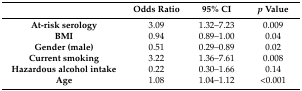
<table><thead><tr><td></td><td><b>Odds Ratio</b></td><td><b>95% CI </b></td><td><b><i>p</i> Value</b></td></tr></thead><tbody><tr><td><b>At-risk serology</b></td><td>3.09</td><td>1.32–7.23</td><td>0.009</td></tr><tr><td><b>BMI</b></td><td>0.94</td><td>0.89–1.00</td><td>0.04</td></tr><tr><td><b>Gender (male)</b></td><td>0.51</td><td>0.29–0.89</td><td>0.02</td></tr><tr><td><b>Current smoking</b></td><td>3.22</td><td>1.36–7.61</td><td>0.008</td></tr><tr><td><b>Hazardous alcohol intake</b></td><td>0.22</td><td>0.30–1.66</td><td>0.14</td></tr><tr><td><b>Age</b></td><td>1.08</td><td>1.04–1.12</td><td>&lt;0.001</td></tr></tbody></table>